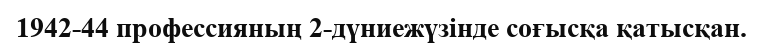
1942-44 профессияның 2-дүниежүзінде соғысқа қатысқан.